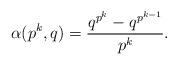
LaTeX: \begin{align*}\alpha(p^k, q) = \frac{q^{p^k} - q^{p^{k-1}}}{p^k}.\end{align*}